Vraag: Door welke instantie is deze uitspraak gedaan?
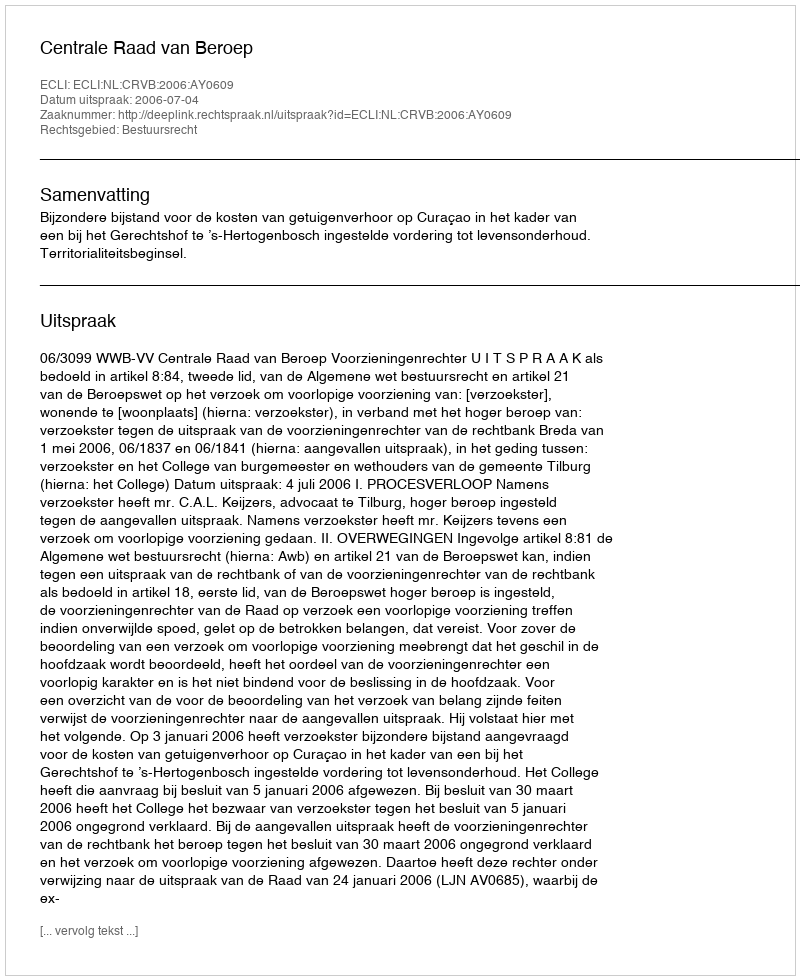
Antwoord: Centrale Raad van Beroep